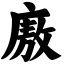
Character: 廒